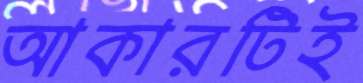
আকারটিই